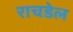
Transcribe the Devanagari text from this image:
राचडेल